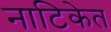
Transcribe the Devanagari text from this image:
नाटिकेत